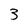
Character: 3